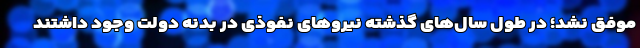
موفق نشد؛ در طول سال‌های گذشته نیروهای نفوذی در بدنه دولت وجود داشتند